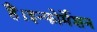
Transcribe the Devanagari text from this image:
हैं।इन्फोर्मेशन